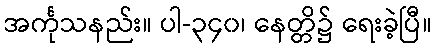
အင်္ကုသနည်း။ ပါ-၃၄၀၊ နေတ္တိ၌ ရေးခဲ့ပြီ။